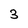
Character: 3